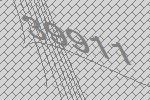
39911